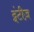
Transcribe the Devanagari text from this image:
ट्वंटीज़